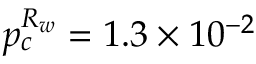
p _ { c } ^ { R _ { w } } = 1 . 3 \times 1 0 ^ { - 2 }